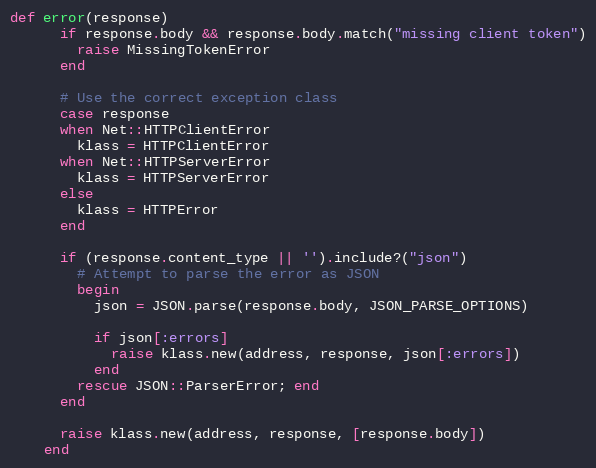
Language: Ruby
def error(response)
      if response.body && response.body.match("missing client token")
        raise MissingTokenError
      end

      # Use the correct exception class
      case response
      when Net::HTTPClientError
        klass = HTTPClientError
      when Net::HTTPServerError
        klass = HTTPServerError
      else
        klass = HTTPError
      end

      if (response.content_type || '').include?("json")
        # Attempt to parse the error as JSON
        begin
          json = JSON.parse(response.body, JSON_PARSE_OPTIONS)

          if json[:errors]
            raise klass.new(address, response, json[:errors])
          end
        rescue JSON::ParserError; end
      end

      raise klass.new(address, response, [response.body])
    end